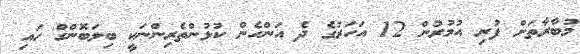
މުބާރާތަށް ފުރި އުމުރުން 12 އަހަރުގެ ދެ އަންހެން ކުޅުންތެރިންނަކީ ބިލަބޮންގް ހައި